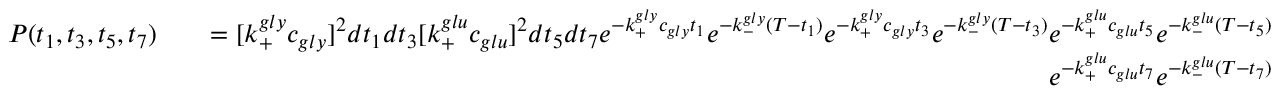
\begin{array} { r l r } { P ( t _ { 1 } , t _ { 3 } , t _ { 5 } , t _ { 7 } ) } & { } & { = [ k _ { + } ^ { g l y } c _ { g l y } ] ^ { 2 } d t _ { 1 } d t _ { 3 } [ k _ { + } ^ { g l u } c _ { g l u } ] ^ { 2 } d t _ { 5 } d t _ { 7 } e ^ { - k _ { + } ^ { g l y } c _ { g l y } t _ { 1 } } e ^ { - k _ { - } ^ { g l y } ( T - t _ { 1 } ) } e ^ { - k _ { + } ^ { g l y } c _ { g l y } t _ { 3 } } e ^ { - k _ { - } ^ { g l y } ( T - t _ { 3 } ) } e ^ { - k _ { + } ^ { g l u } c _ { g l u } t _ { 5 } } e ^ { - k _ { - } ^ { g l u } ( T - t _ { 5 } ) } } \\ & { } & { e ^ { - k _ { + } ^ { g l u } c _ { g l u } t _ { 7 } } e ^ { - k _ { - } ^ { g l u } ( T - t _ { 7 } ) } } \end{array}